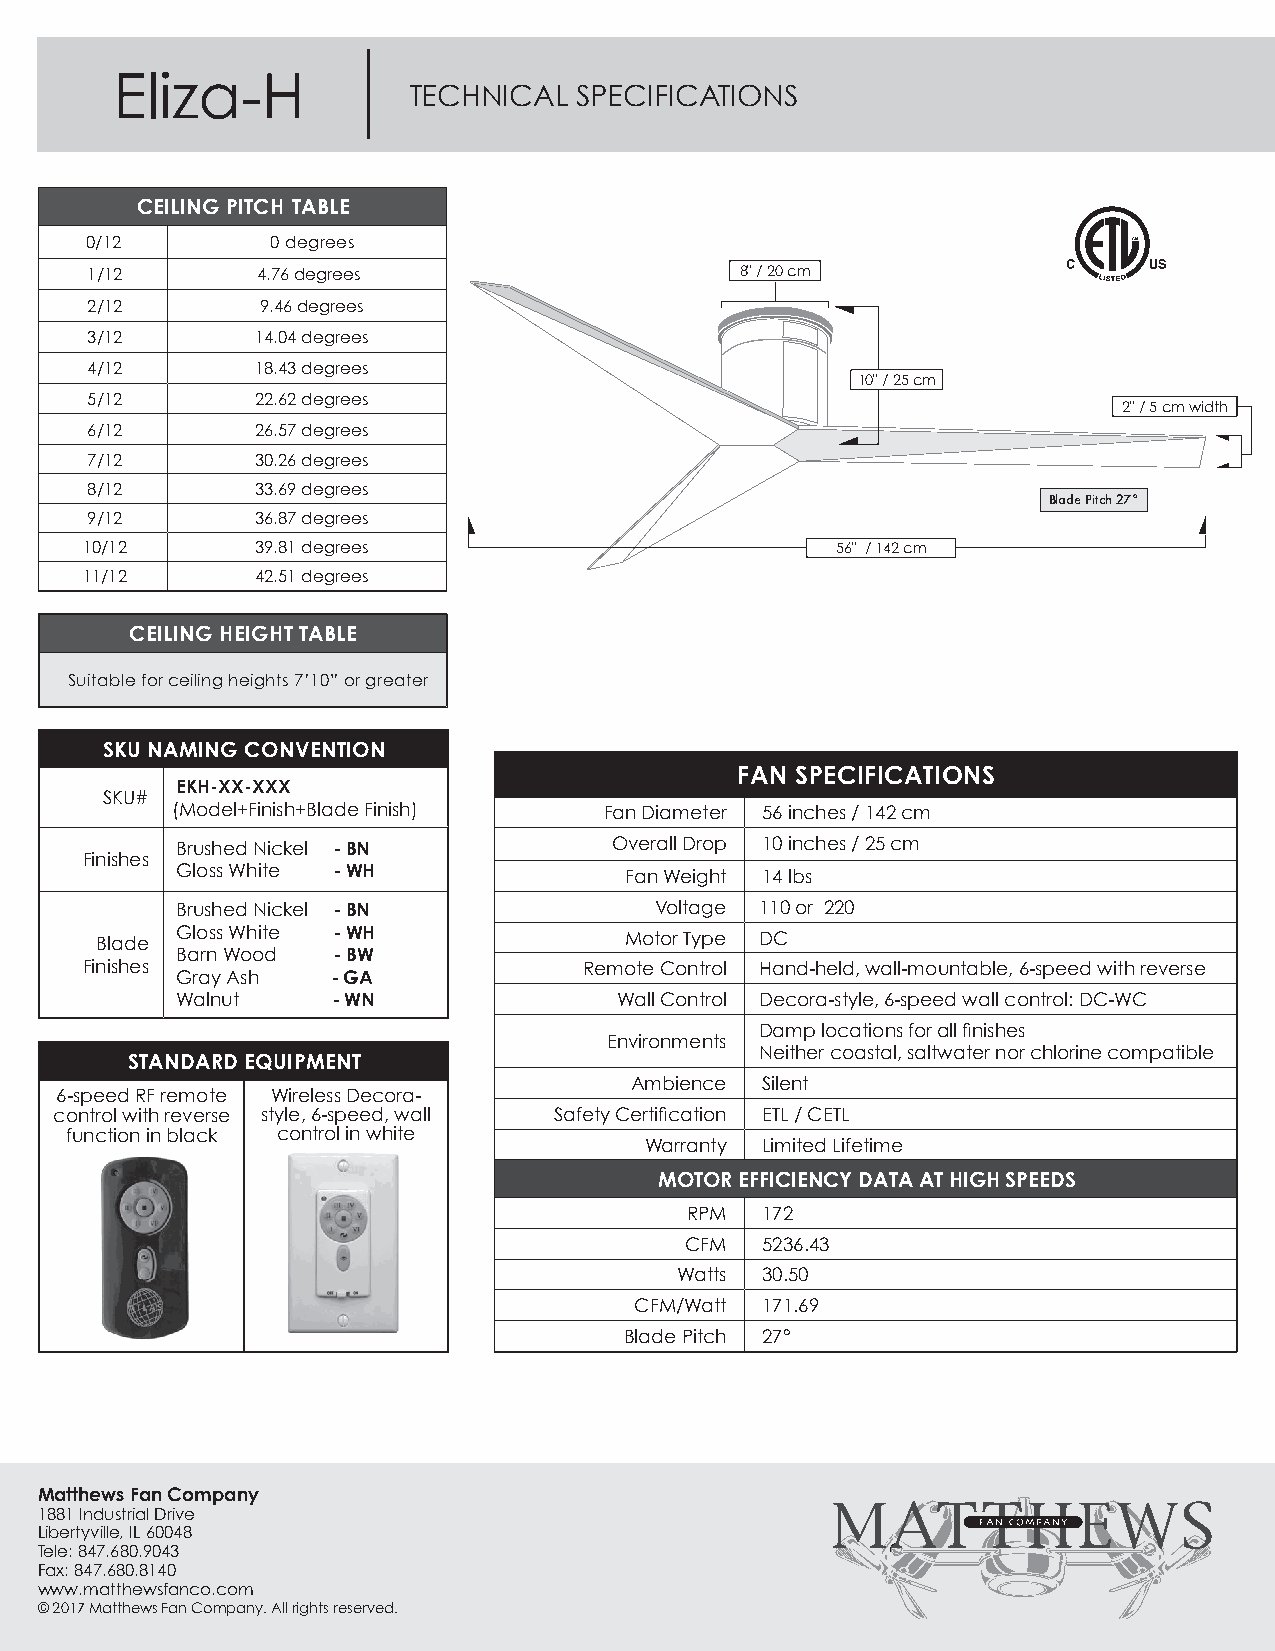
Eliza-H
 TECHNICAL  SPECIFICATIONS
 CEILING PITCH TABLE
 0/12        0 degrees
 1/12       4.76 degrees                    8" / 20 cm
 2/12       9.46 degrees
 3/12       14.04 degrees
 4/12       18.43 degrees
 10" / 25 cm
 5/12       22.62 degrees
 2" / 5 cm width
 6/12       26.57 degrees
 7/12       30.26 degrees
 8/12       33.69 degrees
 Blade Pitch 27°
 9/12       36.87 degrees
 10/12       39.81 degrees                         56" / 142 cm
 11/12       42.51 degrees
 CEILING HEIGHT TABLE
 Suitable for ceiling heights 7’10” or greater
 SKU NAMING CONVENTION
 FAN SPECIFICATIONS
 EKH-XX-XXX
 SKU#
 (Model+Finish+Blade Finish)  Fan Diameter 56 inches / 142 cm
 Brushed Nickel - BN          Overall Drop 10 inches / 25 cm
 Finishes
 Gloss White - WH             Fan Weight 14 lbs
 Brushed Nickel - BN            Voltage 110 or 220
 Blade Gloss White - WH             Motor Type DC
 Barn Wood - BW
 Finishes                          Remote Control Hand-held, wall-mountable, 6-speed with reverse
 Gray Ash  - GA
 Walnut    - WN               Wall Control Decora-style, 6-speed wall control: DC-WC
 Damp locations for all fi nishes
 Environments
 Neither coastal, saltwater nor chlorine compatible
 STANDARD EQUIPMENT
 Ambience Silent
 6-speed RF remote Wireless Decora-
 control with reverse style, 6-speed, wall Safety Certifi cation ETL / CETL
 function in black control in white
 Warranty Limited Lifetime
 MOTOR EFFICIENCY DATA AT HIGH SPEEDS
 RPM  172
 CFM  5236.43
 Watts 30.50
 CFM/Watt 171.69
 Blade Pitch 27°
 Matthews Fan Company
 1881 Industrial Drive
 Libertyville, IL 60048
 Tele: 847.680.9043
 Fax: 847.680.8140
 www.matthewsfanco.com
 © 2017 Matthews Fan Company. All rights reserved.